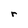
Character: r